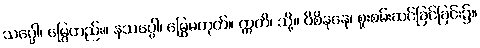
သပ္ပေါ၊ မြွေတည်း။ နသပ္ပေါ၊ မြွေမဟုတ်။ ဣတိ၊ သို့။ ဝိစိနနေ၊ စူးစမ်းဆင်ခြင်ခြင်း၌။